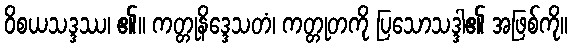
ဝိစယသဒ္ဒဿ၊ ၏။ ကတ္တုနိဒ္ဒေသတံ၊ ကတ္တုတကို ပြသောသဒ္ဒါ၏ အဖြစ်ကို။